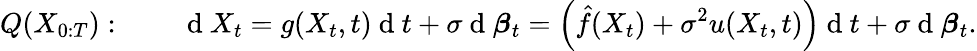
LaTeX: Q(X_{0:T}):\qquad\mathrm{~d~}X_{t}=g(X_{t},t)\mathrm{~d~}t+\sigma\mathrm{~d~}\boldsymbol{\beta}_{t}=\left(\hat{f}(X_{t})+\sigma^{2}u(X_{t},t)\right)\mathrm{~d~}t+\sigma\mathrm{~d~}\boldsymbol{\beta}_{t}.